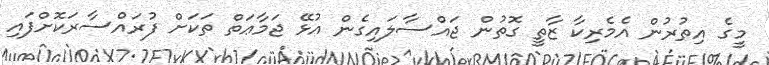
މީގެ އިތުރުން އެމެރިކާ ޒާތީ ގޮތުން ޖައްސާލައިގެން އުޅޭ ޖަމާޢަތް ތަކަށް ފުރައްސާރަކޮށްފައި